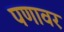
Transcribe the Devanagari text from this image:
पणावर